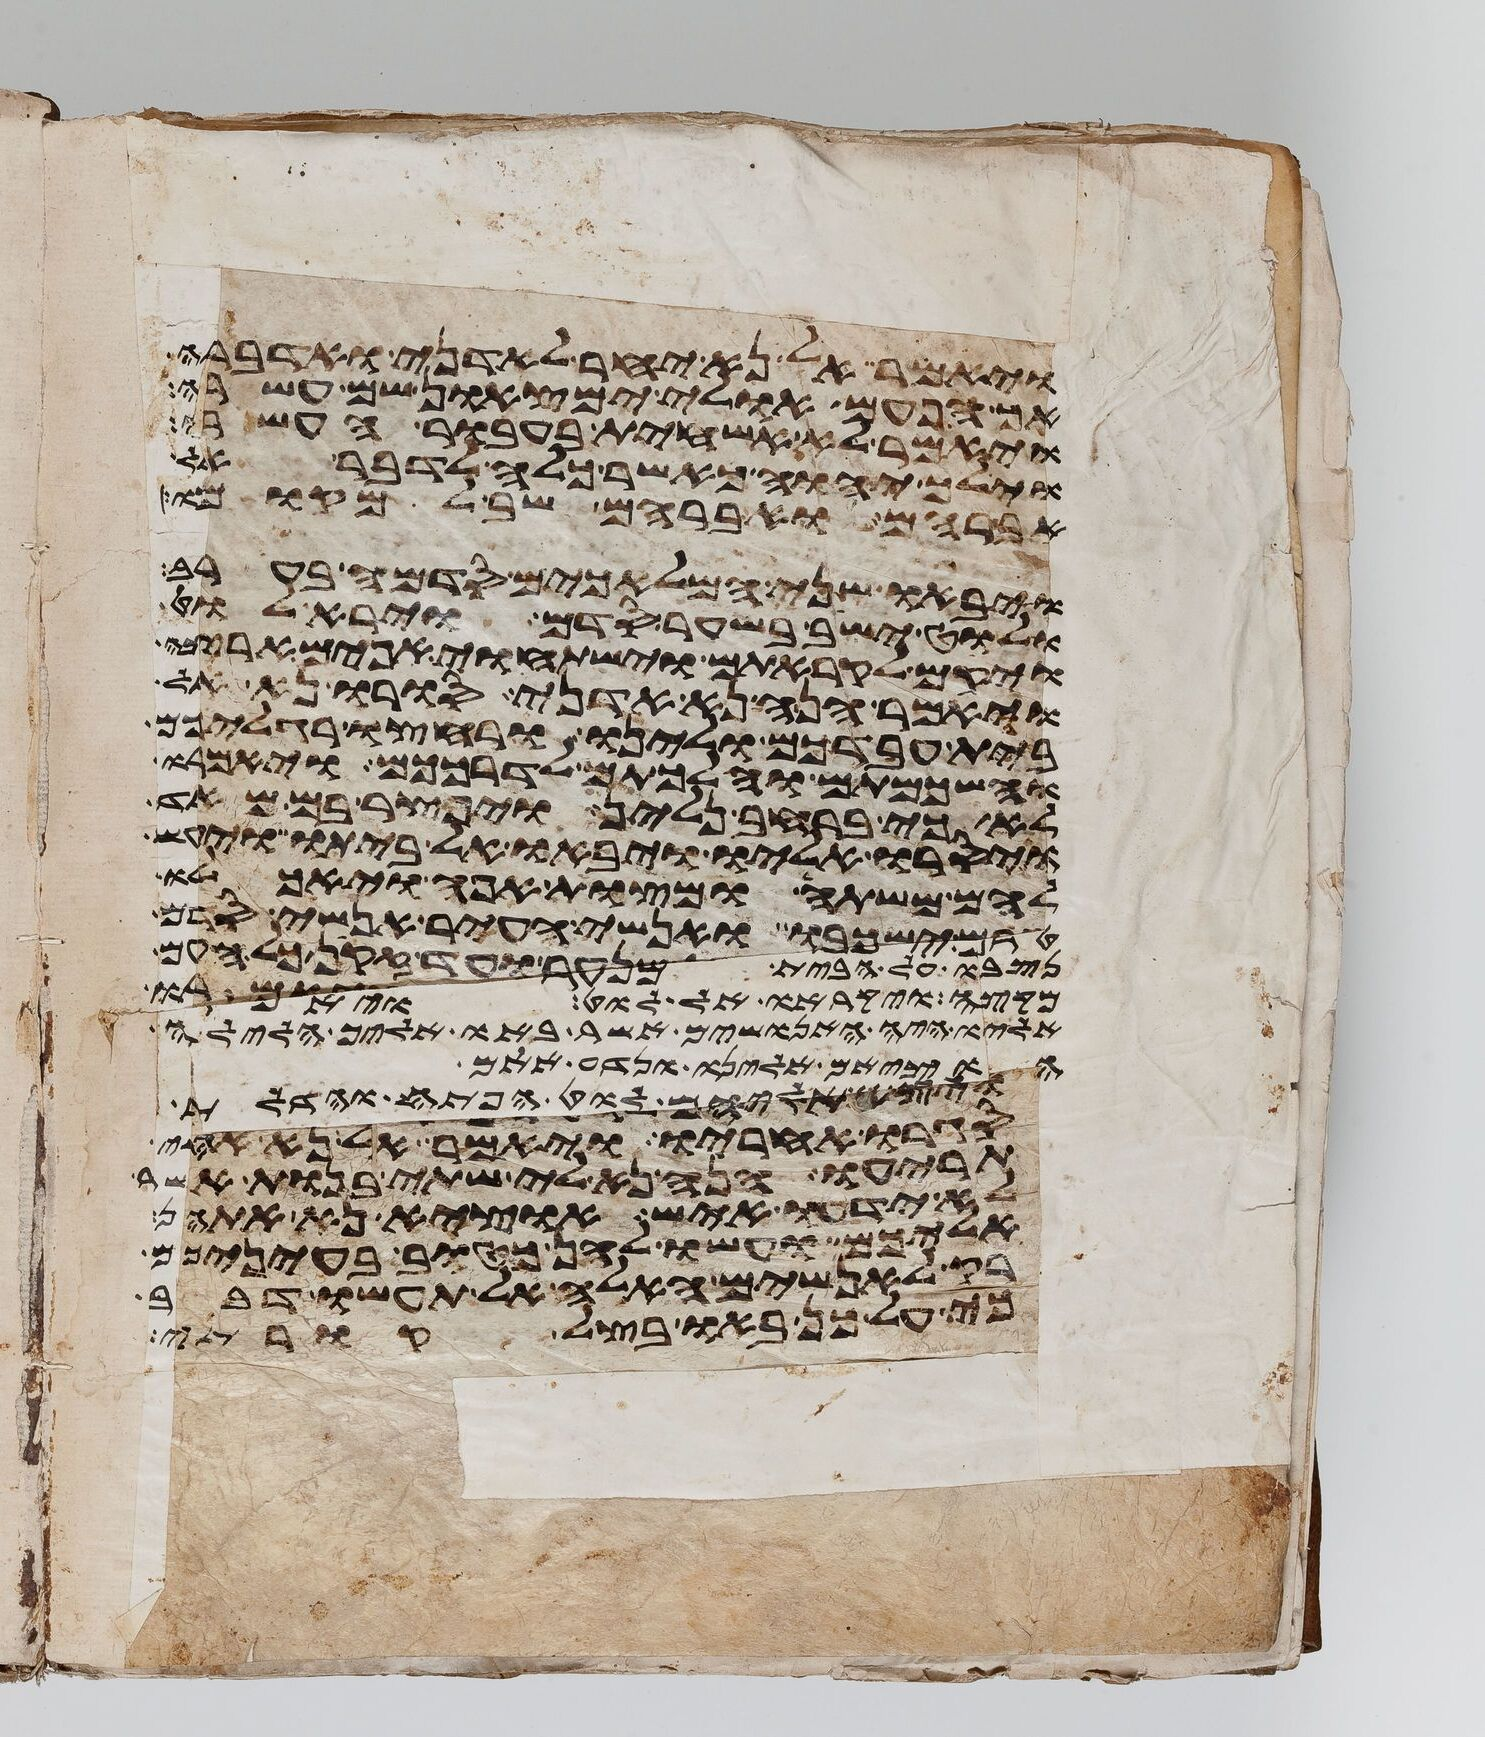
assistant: ויאמר אל נא יחר לאדני ואדברה
אך הפעם אולי ימצאון שם עשרה
ויאמר לא אשחית בעבור העשרים
וילך יהוה כאשר כלה לדבר אל
אברהם ואברהם שב למקומו
ויבאו שני המלאכים סדמה בערב
ולוט ישב בשער סדם וירא לוט
ויקם לקראתם וישתחוי אפים ארצה
ויאמר הנה נא אדני סורו נא אל
בית עבדכם ולינו ורחצו רגליכם
והשכמתם והלכתם לדרככם ויאמרו
לא כי ברחב נלין ויפצר בם מאד
ויסרו אליו ויבאו אל ביתו ויעש
להם משתה ומצות אפה ויאכלו
טרם ישכבו אנשי העיר אנשי סדם
נסבו על הבית מנער ועד זקן כל העם
מקצה ויקראו אל לוט ויאמרו
אליו איה האנושים אשר באו אליך הלילה
הוציאם אלינו ונדע אתם
ויצא אליהם לוט הפתח והדלת
סגרו אחריו ויאמר אל נא אחי
תריעו הנה נא לי שתי בנות אשר
לא ידעו איש הוציא נא אתהן
אליכם ועשו להן כטוב בעיניכם
רק לאנשים האלה אל תעשו דבר
כי על כן באו בצל קורתי